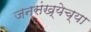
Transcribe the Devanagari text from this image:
जनसंख्येच्या